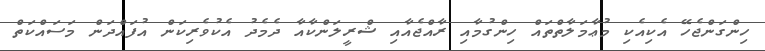
ހިންގަންޖެހޭ އެކިއެކި މުޢާމަލާތްތައް ހިންގުމާއި ރާއްޖެއާއި ޝްރީލަންކާއާ ދެމެދު އެކުވެރިކަން އުފައްދަން މަސައްކަތް